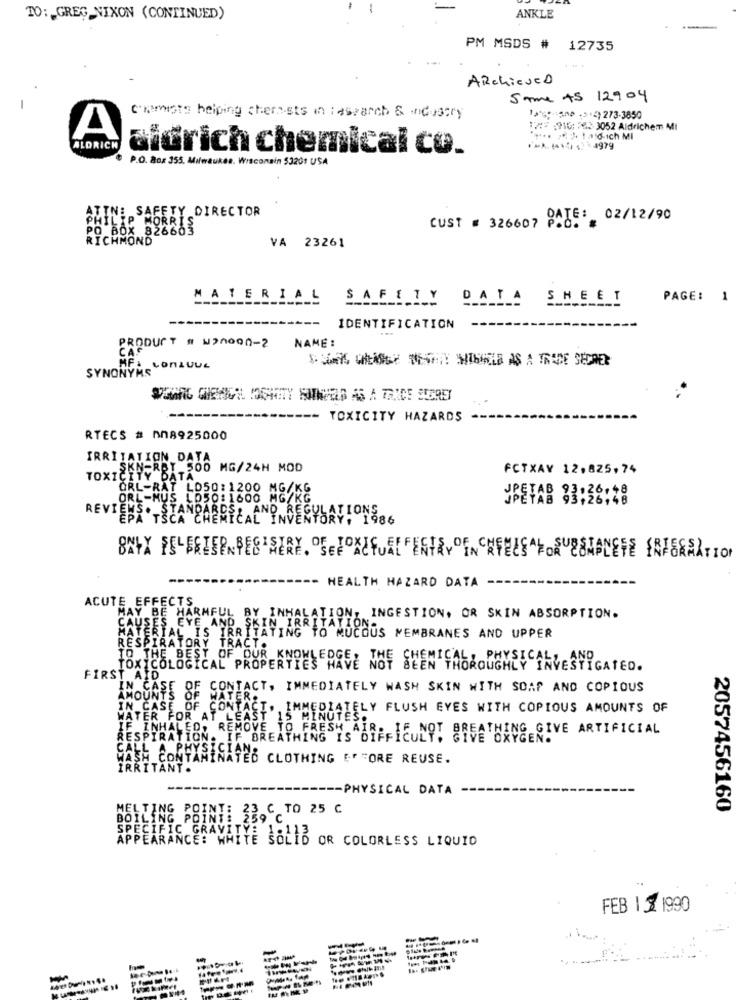
TO: GREG_NIXON (CONTINUED)
ANKLE
--
PM MSDS # 12735
ARchieseD
Same AS 12904
-
chemists helping chernets in Research & Industry
19 % *. 15 ,5+2)273-3850
17: 2916: 263- 3052 Aldrichem MI
A
ALDRICH
ičrich chemical co.
1 --<< 4979
P.O. Box 355. Milwaukee, Wisconsin 53201 USA
ATTN: SAFETY DIRECTOR
PHILIP MORRIS
DATE: 02/12/90
PO BOX 826663
CUST # 326607
RICHMOND
VA 23261
MATERIAL
SAFETY
DATA SHEET
PAGE:
1
IDENTIFICATION
NAME:
PRODUCT # W>NOOD-2
MF
SHARKS WILISSE TENAIT HINNLE AS A TRADE SECRET
SYNONYMS
--
TOXICITY HAZARDS
RTECS # 008925000
IRRITATION DATA
SKN-RBT 500 MG/24H MOD
FCTXAV 12,825,74
TOXICITY DATA
ORL-RAT LD50:1200 MG/KG
ORL-MUS LO50:1600 MG/KG
JPEYAB
REVIENS. STANDARDS, AND A
EPA TSCA CHEMICAL INDEKYLATIONS
Y, 1986
ONYX FELERIEPARES SERY. SEFOXE FULL ENTRY IN CELS FOR CENNETE FREEATION
HEALTH HAZARD DATA
ACUTE EFFECTS
MAY BE HARMFUL BY INHALATION, INGESTION, OR SKIN ABSORPTION.
CAUSES EYE AND SKIN IRRITATION
MATERIAL IS IRRITATING TO MUCOUS MEMBRANES AND UPPER
RESPIRATORY TRACT.
TOXICOLOGICAL PROPERTIES HAVE NOF CHEMICALS PHYSICAL, AND
FIRST AID
IN CASE
OF CONTACT, IMMEDIATELY WASH SKIN WITH SOAP AND COPIOUS
AMOUNTS
OF
ER :.
OF CONTACT, IMMEDIATELY FLUSH EYES WITH COPIOUS AMOUNTS OF
WATER FOR AT LEAST 15 MINUTES.
F I
INHALED, REMOVE TO FRESH AIR. IF
RESPIRATION. IF BREATHING IS DIFFICULT. GIVE OXYGEN.
GIVE OXYGEN.
CALL
PHYSI
WASH CONTAMINATED CLOTHING E' "ORE REUSE.
IRRITANT .
---
--- PHYSICAL DATA
C TO 25 C
2057456160
MELTING POINT: 33℃
APPEARANCE: WHITE
SPECIFIC GRAVITY SOLID OR COLORLESS LIQUID
FEB | 1 1990